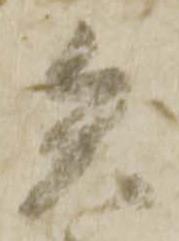
矢